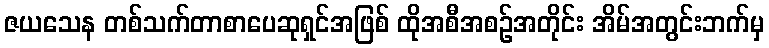
ဇယသေန တစ်သက်တာစာပေဆုရှင်အဖြစ် ထိုအစီအစဉ်အတိုင်း အိမ်အတွင်းဘက်မှ